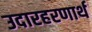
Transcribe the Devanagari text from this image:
उदारहरणार्थ